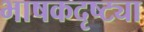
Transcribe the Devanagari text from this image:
भाषकदृष्ट्या